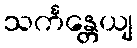
သင်္ကန္တေယျ